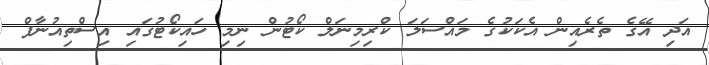
އަދި އޭގެ ތެރެއިން އެކަކުގެ މައްސަލަ ކްރިމިނަލް ކޯޓުން ނިމި ހައިކޯޓުގައި އިސްތިއުނާފް